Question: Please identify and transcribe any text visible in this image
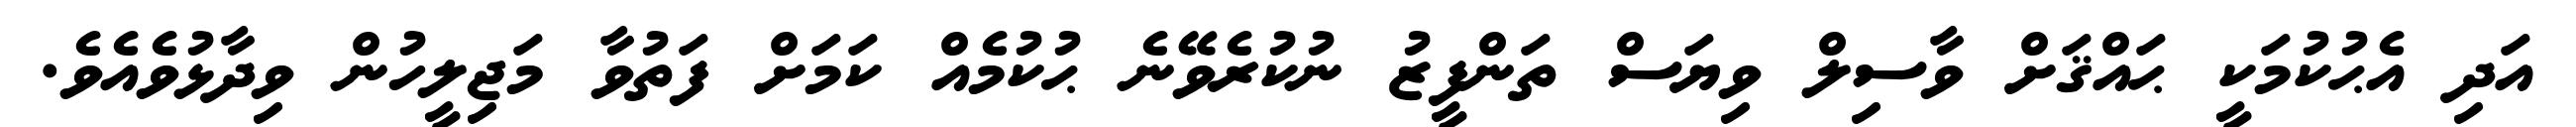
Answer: އަދި އެޙުކުމަކީ ޙައްޤަށް ވާސިލް ވިޔަސް ތަންފީޒު ނުކުރެވޭނެ ޙުކުމެއް ކަމަށް ފަތުވާ މަޖިލީހުން ވިދާޅުވެއެވެ.